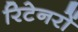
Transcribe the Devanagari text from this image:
रिटेनरों